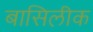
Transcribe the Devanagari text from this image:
बासिलीक